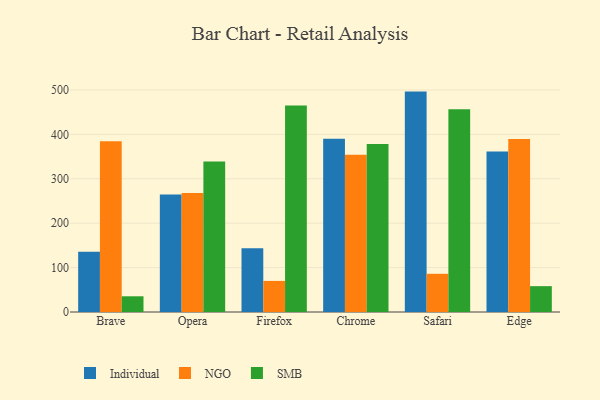
{"axis": {"x": "Browser", "y": "LTV (USD)"}, "legend": ["Individual", "NGO", "SMB"], "data": [{"x": "Brave", "y": 135.8, "type": "Individual"}, {"x": "Brave", "y": 384.7, "type": "NGO"}, {"x": "Brave", "y": 35.4, "type": "SMB"}, {"x": "Opera", "y": 264.5, "type": "Individual"}, {"x": "Opera", "y": 268.1, "type": "NGO"}, {"x": "Opera", "y": 338.9, "type": "SMB"}, {"x": "Firefox", "y": 143.5, "type": "Individual"}, {"x": "Firefox", "y": 70.0, "type": "NGO"}, {"x": "Firefox", "y": 464.8, "type": "SMB"}, {"x": "Chrome", "y": 390.1, "type": "Individual"}, {"x": "Chrome", "y": 354.0, "type": "NGO"}, {"x": "Chrome", "y": 378.3, "type": "SMB"}, {"x": "Safari", "y": 496.3, "type": "Individual"}, {"x": "Safari", "y": 86.0, "type": "NGO"}, {"x": "Safari", "y": 456.3, "type": "SMB"}, {"x": "Edge", "y": 361.3, "type": "Individual"}, {"x": "Edge", "y": 389.3, "type": "NGO"}, {"x": "Edge", "y": 58.2, "type": "SMB"}]}